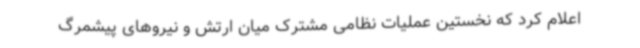
اعلام کرد که نخستین عملیات نظامی مشترک میان ارتش و نیروهای پیشمرگ